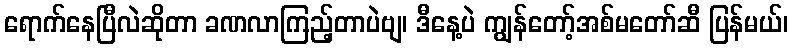
ရောက်နေပြီလဲဆိုတာ ခဏလာကြည့်တာပဲဗျ၊ ဒီနေ့ပဲ ကျွန်တော့်အစ်မတော်ဆီ ပြန်မယ်၊